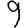
Digit: 9